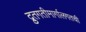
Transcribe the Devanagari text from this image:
द्रुतगतीमार्गालगतची